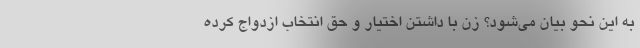
به این نحو بیان می‌شود؟ زن با داشتن اختیار و حق انتخاب ازدواج کرده